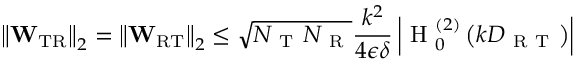
\left\Vert \mathbf { W } _ { \mathrm { T R } } \right\Vert _ { 2 } = \left\Vert \mathbf { W } _ { \mathrm { R T } } \right\Vert _ { 2 } \leq \sqrt { N _ { \mathrm { ~ T ~ } } N _ { \mathrm { ~ R ~ } } } \frac { k ^ { 2 } } { 4 \epsilon \delta } \left| \mathrm { ~ H ~ } _ { 0 } ^ { ( 2 ) } \left( k D _ { \mathrm { ~ R ~ T ~ } } \right) \right|